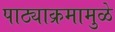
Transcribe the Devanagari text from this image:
पाठ्याक्रमामुळे